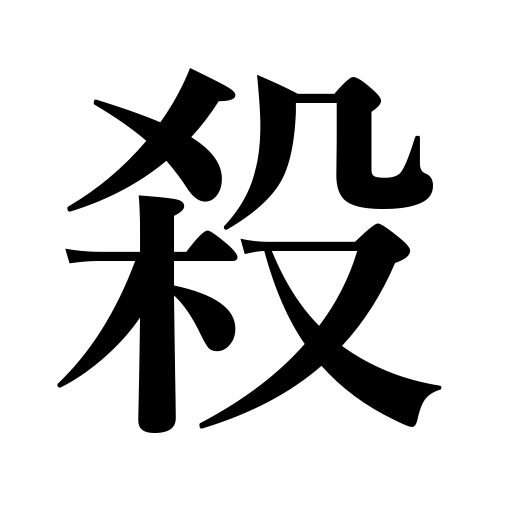
Meanings: hold breath,suppress anger,kill,murder,strike out,waste money,put off,butcher